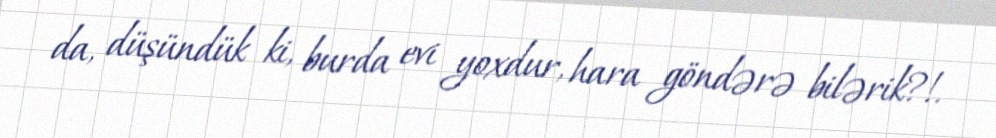
da, düşündük ki, burda evi yoxdur, hara göndərə bilərik?!.